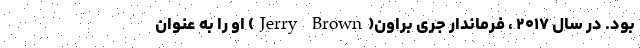
بود. در سال ۲۰۱۷ ، فرماندار جری براون(Jerry Brown) او را به عنوان